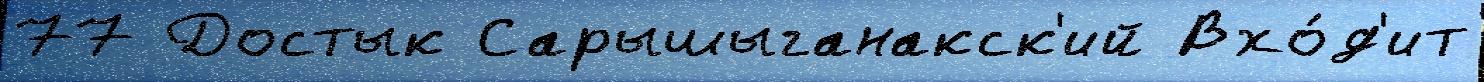
77 Достык Сарышыганакск'ий Вхо́д'ит